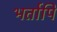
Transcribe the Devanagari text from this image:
भर्तापि